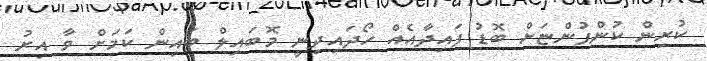
ކުރިން ކުންފުންޏަށް ބޮޑު ފައިދާއެއް ހޯދައިދިނީ މޮބައިލް ބައިން ކަމަށް ވާ އިރު